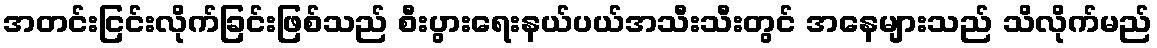
အတင်းငြင်းလိုက်ခြင်းဖြစ်သည် စီးပွားရေးနယ်ပယ်အသီးသီးတွင် အနေများသည် သိလိုက်မည်